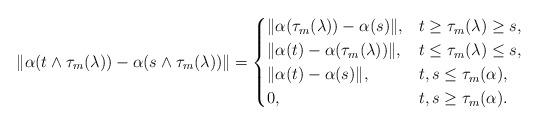
LaTeX: \begin{align*}\|\alpha(t \wedge \tau_m(\lambda)) - \alpha (s \wedge \tau_m(\lambda))\| = \begin{cases} \|\alpha(\tau_m(\lambda)) - \alpha(s)\|,& t \geq \tau_m(\lambda)\geq s,\\\|\alpha(t) - \alpha(\tau_m(\lambda))\|,&t \leq \tau_m(\lambda) \leq s,\\\|\alpha(t) - \alpha(s)\|,&t, s \leq \tau_m(\alpha),\\0,&t, s \geq \tau_m(\alpha).\end{cases}\end{align*}